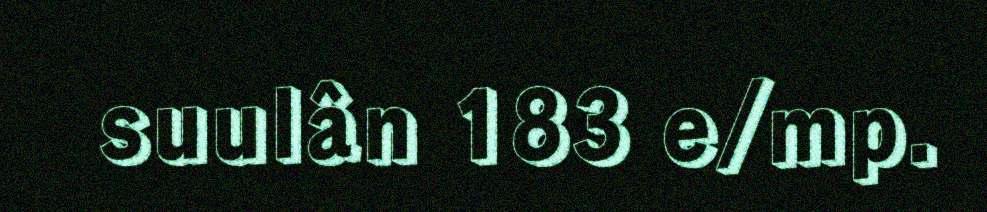
suulân 183 e/mp.